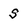
Character: s